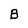
Character: B